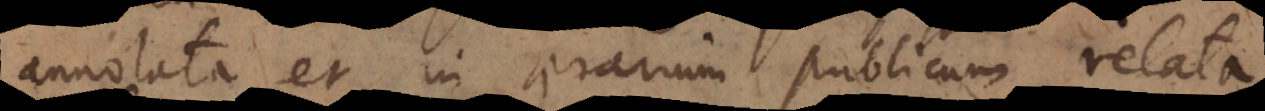
annotata et in aerarium publicum relata